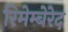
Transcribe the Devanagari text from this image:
रिमेम्बेरेद